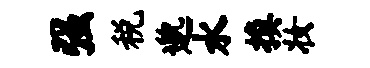
强税邈水换妆